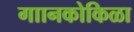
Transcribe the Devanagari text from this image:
गाानकोकिळा